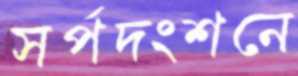
সর্পদংশনে